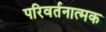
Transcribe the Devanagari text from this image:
परिवर्तनात्मक